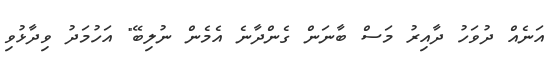
އަނެއް ދުވަހު ދާއިރު މަސް ބާނަން ގެންދާނެ އެމެން ނުލިބޭ" އަހުމަދު ވިދާޅުވި